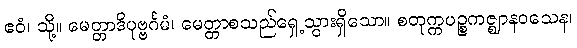
ဧဝံ၊ သို့။ မေတ္တာဒိပုဗ္ဗင်္ဂမံ၊ မေတ္တာစသည်ရှေ့သွားရှိသော။ စတုက္ကပဉ္စကဇ္ဈာနဝသေန၊